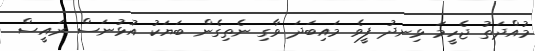
މުއްދަތު ޖެހީމަ ޅިނދު ފީވެ މައިބަދަ ވާގި ނެތިގެން ބަޔަކު އުޅުނަސް ރައީސް